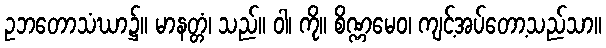
ဥဘတောသံဃာ၌။ မာနတ္တံ၊ သည်။ ဝါ၊ ကို။ စိဏ္ဏမေဝ၊ ကျင့်အပ်တော့သည်သာ။